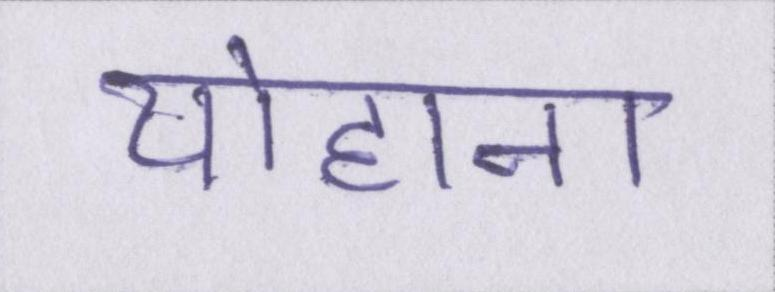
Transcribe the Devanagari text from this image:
योहाना